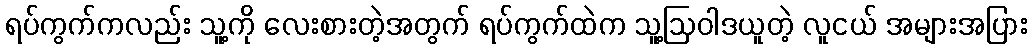
ရပ်ကွက်ကလည်း သူ့ကို လေးစားတဲ့အတွက် ရပ်ကွက်ထဲက သူ့ဩဝါဒယူတဲ့ လူငယ် အများအပြား